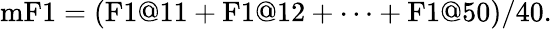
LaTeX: \mathrm{mF}1=(\mathrm{F}1@11+\mathrm{F}1@12+\cdots+\mathrm{F}1@50)/40.